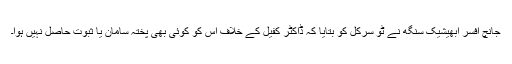
جانچ افسر ابھیشیک سنگھ نے ٹو سرکل کو بتایا کہ ڈاکٹر کفیل کے خلاف اس کو کوئی بھی پختہ سامان یا ثبوت حاصل نہیں ہوا۔